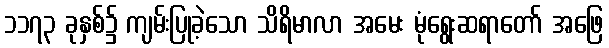
၁၁၇၃ ခုနှစ်၌ ကျမ်းပြုခဲ့သော သိရိမာလာ အမေး မုံရွေးဆရာတော် အဖြေ